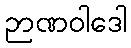
ဉာဏဝါဒေါ